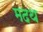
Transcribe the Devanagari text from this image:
मदथ